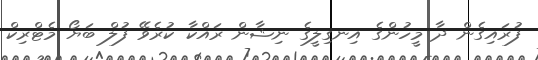
ފުރައިގެން ދާ މީހުންގެ އިނގިލީގެ ނިޝާން ރައްކާ ކުރެވޭ ފުލް ބަޔޯ މެޓްރިކް